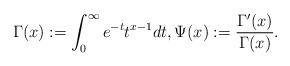
LaTeX: \begin{align*} \Gamma(x) := \int_{0}^{\infty} e^{-t} t^{x-1} dt, \Psi(x) := \frac{\Gamma'(x)}{\Gamma(x)}.\end{align*}